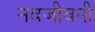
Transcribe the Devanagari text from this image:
नवजीवनी